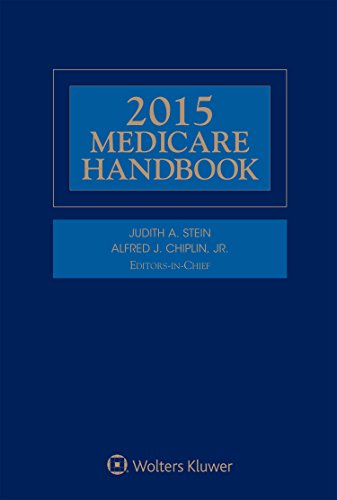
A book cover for Medicare Handbook; Judith A. Stein; Law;